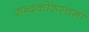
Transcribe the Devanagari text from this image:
शब्दकोशरचना